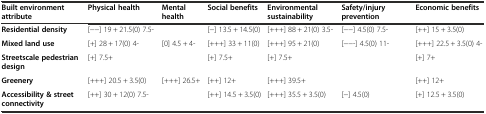
<table><thead><tr><td><b>Built environment attribute</b></td><td><b>Physical health</b></td><td><b>Mental health</b></td><td><b>Social benefits</b></td><td><b>Environmental sustainability</b></td><td><b>Safety/injury prevention</b></td><td><b>Economic benefits</b></td></tr></thead><tbody><tr><td><b>Residential density</b></td><td>[−−] 19 + 21.5(0) 7.5-</td><td></td><td>[−] 13.5 + 14.5(0)</td><td>[+++] 88 + 21(0) 3.5-</td><td>[−−] 4.5(0) 7.5-</td><td>[++] 15 + 3.5(0)</td></tr><tr><td><b>Mixed land use</b></td><td>[+] 28 + 17(0) 4-</td><td>[0] 4.5 + 4-</td><td>[+++] 33 + 11(0)</td><td>[+++] 95 + 21(0)</td><td>[−−-] 4.5(0) 11-</td><td>[+++] 22.5 + 3.5(0) 4-</td></tr><tr><td><b>Streetscale pedestrian design</b></td><td>[+] 7.5+</td><td></td><td>[+] 7.5+</td><td>[+] 7.5+</td><td></td><td>[+] 7+</td></tr><tr><td><b>Greenery</b></td><td>[+++] 20.5 + 3.5(0)</td><td>[+++] 26.5+</td><td>[++] 12+</td><td>[+++] 39.5+</td><td></td><td>[++] 12+</td></tr><tr><td><b>Accessibility &amp; street connectivity</b></td><td>[++] 30 + 12(0) 7.5-</td><td></td><td>[++] 14.5 + 3.5(0)</td><td>[+++] 35.5 + 3.5(0)</td><td>[−] 4.5(0)</td><td>[+] 12.5 + 3.5(0)</td></tr></tbody></table>